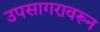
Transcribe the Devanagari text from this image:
उपसागरावरून